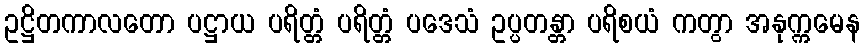
ဥဋ္ဌိတကာလတော ပဋ္ဌာယ ပရိတ္တံ ပရိတ္တံ ပဒေသံ ဥပ္ပတန္တာ ပရိစယံ ကတွာ အနုက္ကမေန